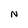
Character: N